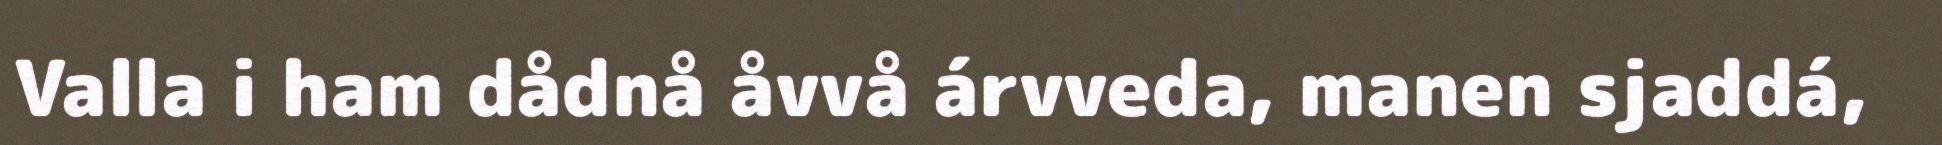
Valla i ham dådnå åvvå árvveda, manen sjaddá,